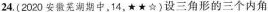
24.(2020安徽芜湖期中，14，★★☆)设三角形的三个内角